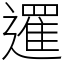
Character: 𨗴